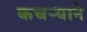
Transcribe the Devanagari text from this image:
कचर्‍याने